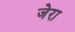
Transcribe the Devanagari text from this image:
जेरा